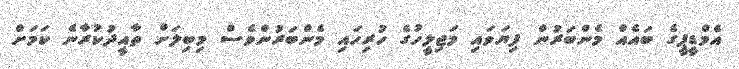
އެމްޑީޕީގެ ބައެއް މެންބަރުން ފިޔަވައި މަޖިލީހުގެ ހުރިހައި މެންބަރުންވެސް މިބިލަށް ތާއީދުކުރާނެ ކަމަށް